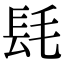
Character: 𨱞